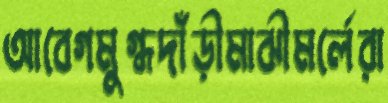
আবেগমুগ্ধদাঁড়ীমাঝীমর্লেরা